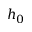
h _ { 0 }